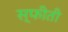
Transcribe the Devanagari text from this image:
स्फीती